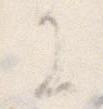
に